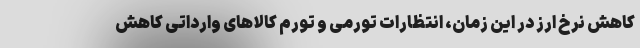
کاهش نرخ ارز در این زمان، انتظارات تورمی و تورم کالاهای وارداتی کاهش